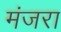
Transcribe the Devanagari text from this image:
मंजरा